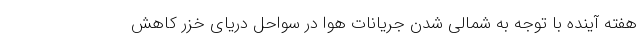
هفته آینده با توجه به شمالی شدن جریانات هوا در سواحل دریای خزر کاهش